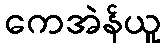
ကေအဲန်ယူ